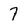
Character: 7